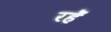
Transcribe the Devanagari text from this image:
रहेँ